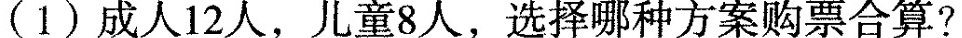
(1)成人12人，儿童8人，选择哪种方案购票合算?